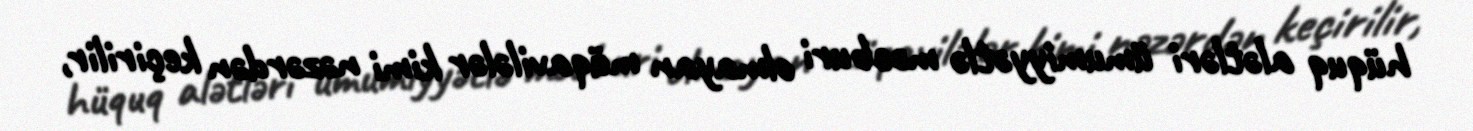
hüquq alətləri ümumiyyətlə məcburi olmayan müqavilələr kimi nəzərdən keçirilir,